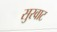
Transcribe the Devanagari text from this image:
सुरवाट